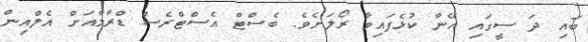
ބައި ދަ ސީގައި އޭނާ ކުޅެފައިވާ ރޯލަށެވެ. ބެސްޓް އެސްޓްރެސް ޑްރާމާއަށް އެލްއިން